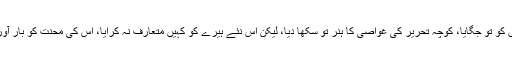
اس کی ایک وجہ یہ بھی ہے، جس کا اس نے ذکر کیا کہ تربیت تو دے دی، صلاحیتوں کو تو جگایا، کوچہ تحریر کی غواصی کا ہنر تو سکھا دیا، لیکن اس نئے ہیرے کو کہیں متعارف نہ کرایا، اس کی محنت کو بار آور و ثمر بار کرنے میں اپنے تعلقات، اپنی سنیارٹی اور اپنے تجربات کا استعمال نہ کیا۔